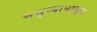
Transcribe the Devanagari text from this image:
नमुन्यापासून